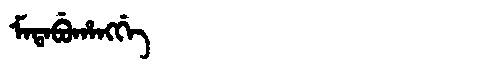
Manchu: ᠮᠠᡨᠠᠪᡠᡥᠠᠩᡤᡝ
Romanization: MATABUHANGGE